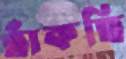
ছাঁকছি